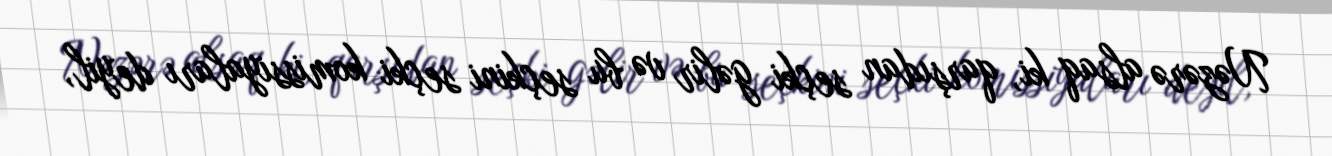
Nəzərə alsaq ki, qarşıdan seçki gəlir və bu seçkini seçki komissiyaları deyil,